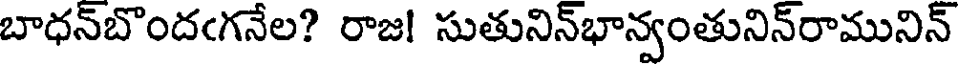
బాధన్బొందఁగనేల? రాజ! సుతునిన్భాన్వంతునిన్రామునిన్